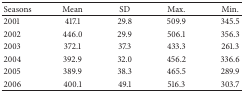
<table><thead><tr><td><b>Seasons</b></td><td><b>Mean</b></td><td><b>SD</b></td><td><b>Max.</b></td><td><b>Min.</b></td></tr></thead><tbody><tr><td>2001</td><td>417.1</td><td>29.8</td><td>509.9</td><td>345.5</td></tr><tr><td>2002</td><td>446.0</td><td>29.9</td><td>506.1</td><td>356.3</td></tr><tr><td>2003</td><td>372.1</td><td>37.3</td><td>433.3</td><td>261.3</td></tr><tr><td>2004</td><td>392.9</td><td>32.0</td><td>456.2</td><td>336.6</td></tr><tr><td>2005</td><td>389.9</td><td>38.3</td><td>465.5</td><td>289.9</td></tr><tr><td>2006</td><td>400.1</td><td>49.1</td><td>516.3</td><td>303.7</td></tr></tbody></table>